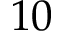
1 0